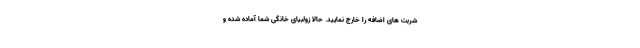
شربت های اضافه را خارج نمایید. حالا زولبیای خانگی شما آماده شده و